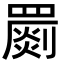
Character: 罽